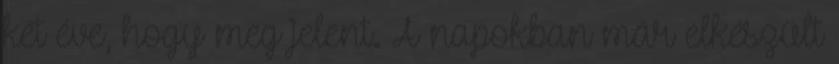
két éve, hogy meg jelent. A napokban már elkészült